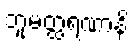
ဘူမတ္ထရဏာနိ